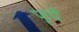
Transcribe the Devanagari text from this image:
फूर्यें